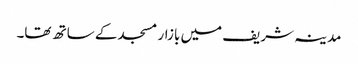
مدینہ شریف میں بازار مسجد کے ساتھ تھا۔